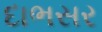
દાભસર